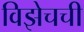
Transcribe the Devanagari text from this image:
विझेचची